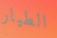
الطيار